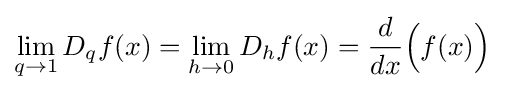
\lim _{q\rightarrow 1}D_{q}f(x)=\lim _{h\rightarrow 0}D_{h}f(x)={\frac {d}{dx}}{\Bigl (}f(x){\Bigr )}